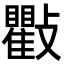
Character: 𭤒